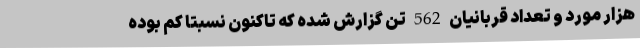
هزار مورد و تعداد قربانیان 562 تن گزارش شده که تاکنون نسبتاً کم بوده